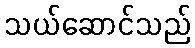
သယ်ဆောင်သည်